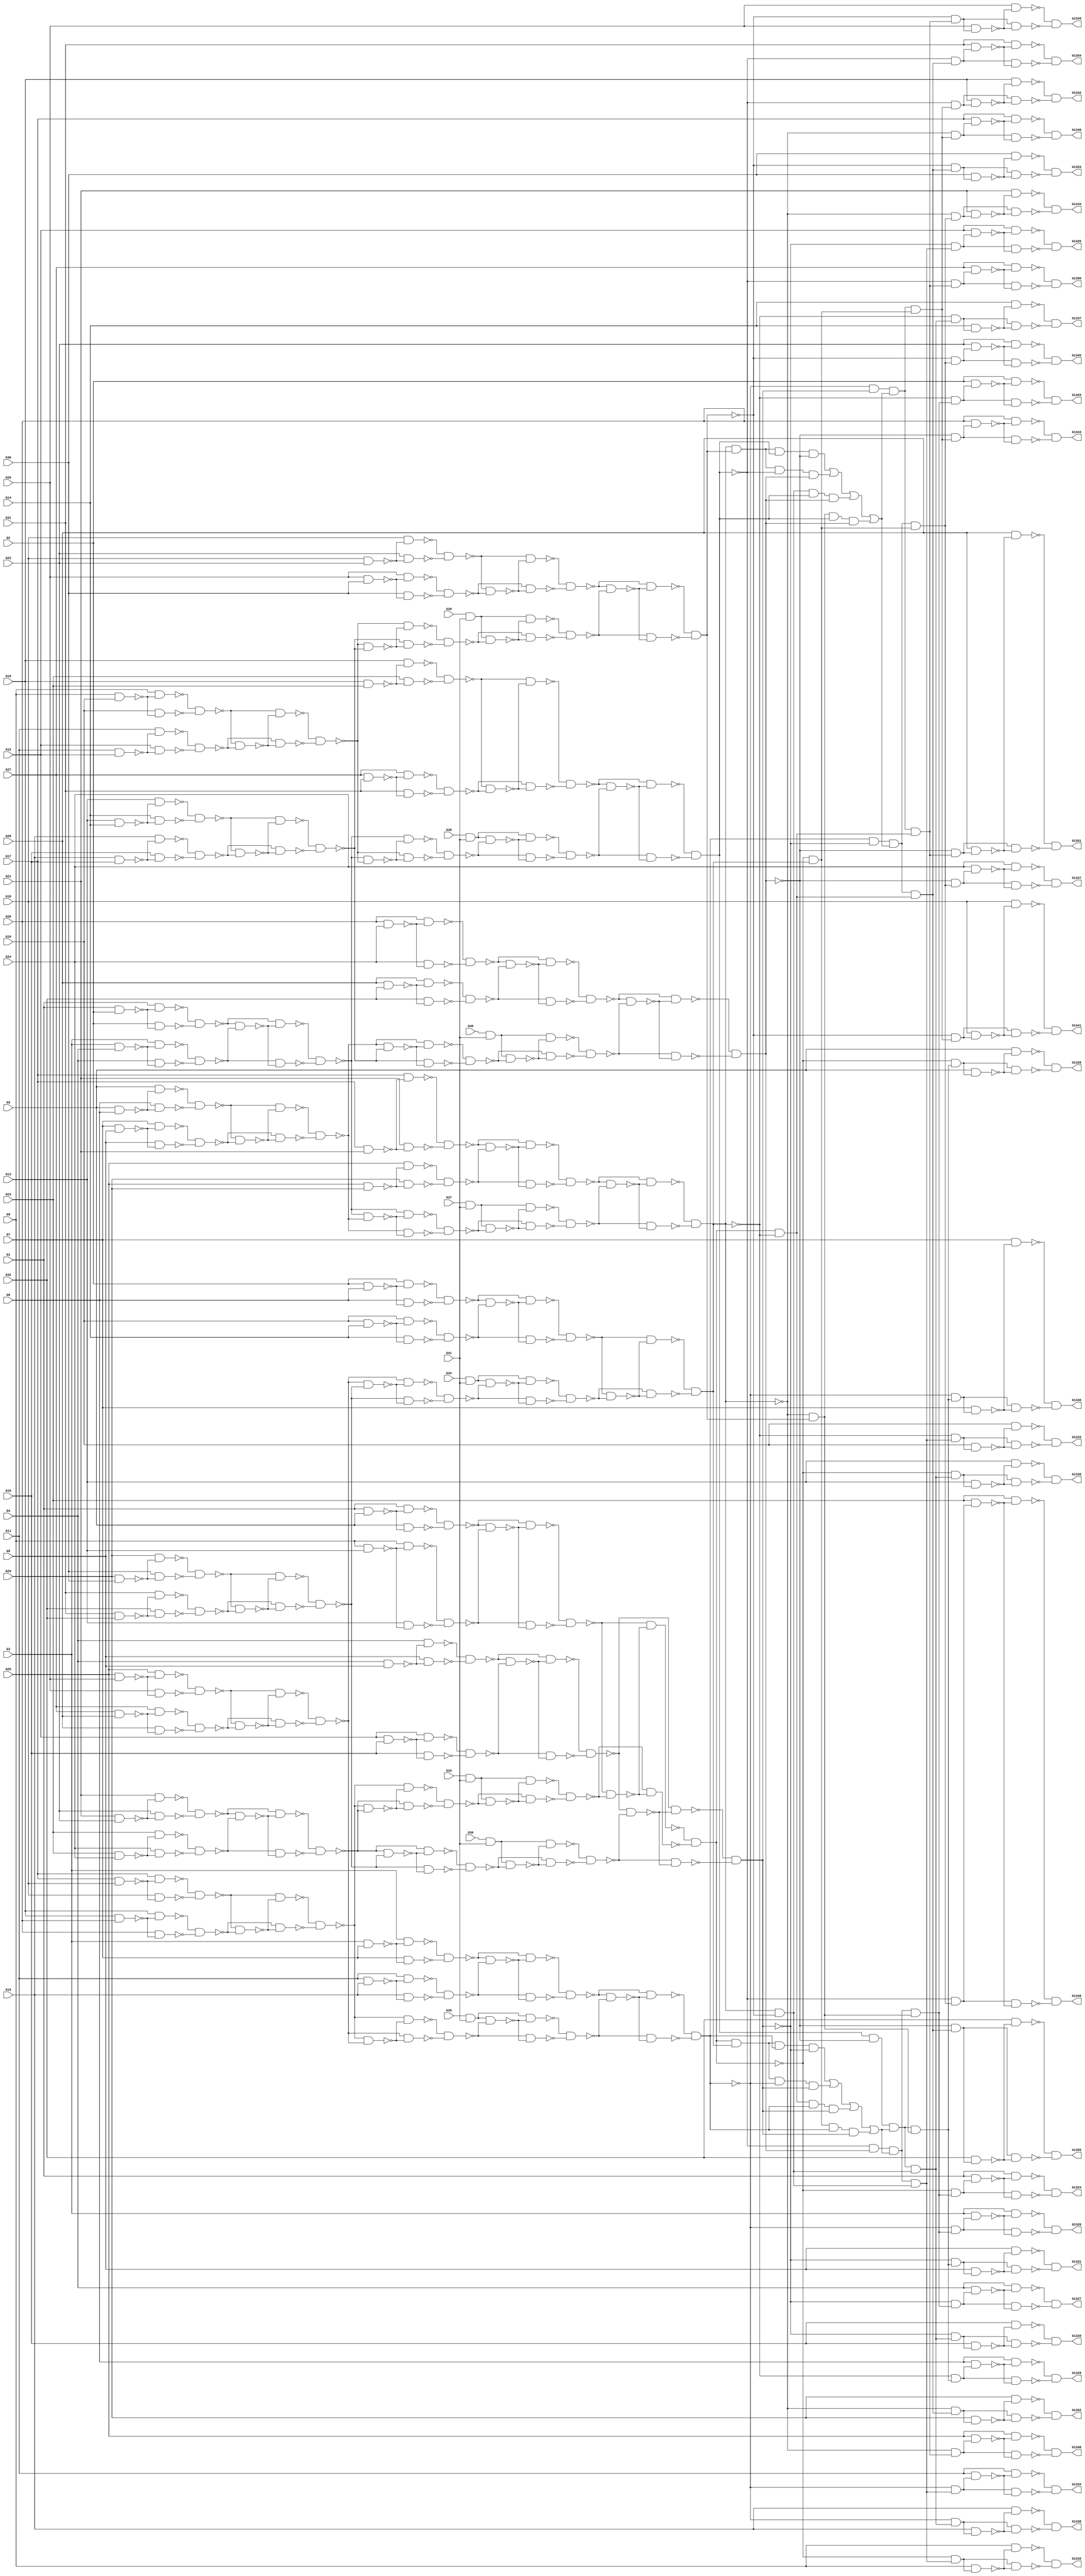

module c1355(G1, G10, G11, G12, G13, G1324, G1325, G1326, G1327, G1328,
     G1329, G1330, G1331, G1332, G1333, G1334, G1335, G1336, G1337,
     G1338, G1339, G1340, G1341, G1342, G1343, G1344, G1345, G1346,
     G1347, G1348, G1349, G1350, G1351, G1352, G1353, G1354, G1355,
     G14, G15, G16, G17, G18, G19, G2, G20, G21, G22, G23, G24, G25,
     G26, G27, G28, G29, G3, G30, G31, G32, G33, G34, G35, G36, G37,
     G38, G39, G4, G40, G41, G5, G6, G7, G8, G9);
  input G1, G10, G11, G12, G13, G14, G15, G16, G17, G18, G19, G2, G20,
       G21, G22, G23, G24, G25, G26, G27, G28, G29, G3, G30, G31, G32,
       G33, G34, G35, G36, G37, G38, G39, G4, G40, G41, G5, G6, G7, G8,
       G9;
  output G1324, G1325, G1326, G1327, G1328, G1329, G1330, G1331, G1332,
       G1333, G1334, G1335, G1336, G1337, G1338, G1339, G1340, G1341,
       G1342, G1343, G1344, G1345, G1346, G1347, G1348, G1349, G1350,
       G1351, G1352, G1353, G1354, G1355;
  wire G1, G10, G11, G12, G13, G14, G15, G16, G17, G18, G19, G2, G20,
       G21, G22, G23, G24, G25, G26, G27, G28, G29, G3, G30, G31, G32,
       G33, G34, G35, G36, G37, G38, G39, G4, G40, G41, G5, G6, G7, G8,
       G9;
  wire G1324, G1325, G1326, G1327, G1328, G1329, G1330, G1331, G1332,
       G1333, G1334, G1335, G1336, G1337, G1338, G1339, G1340, G1341,
       G1342, G1343, G1344, G1345, G1346, G1347, G1348, G1349, G1350,
       G1351, G1352, G1353, G1354, G1355;
  wire G242, G245, G248, G251, G254, G257, G260, G263;
  wire G266, G269, G272, G275, G278, G281, G284, G287;
  wire G290, G293, G296, G299, G302, G305, G308, G311;
  wire G314, G317, G320, G323, G326, G329, G332, G335;
  wire G338, G341, G344, G347, G350, G353, G356, G359;
  wire G362, G363, G364, G365, G366, G367, G368, G369;
  wire G370, G371, G372, G373, G374, G375, G376, G377;
  wire G378, G379, G380, G381, G382, G383, G384, G385;
  wire G386, G387, G388, G389, G390, G391, G392, G393;
  wire G394, G395, G396, G397, G398, G399, G400, G401;
  wire G402, G403, G404, G405, G406, G407, G408, G409;
  wire G410, G411, G412, G413, G414, G415, G416, G417;
  wire G418, G419, G420, G421, G422, G423, G424, G425;
  wire G426, G429, G432, G435, G438, G441, G444, G447;
  wire G450, G453, G456, G459, G462, G465, G468, G471;
  wire G474, G477, G480, G483, G486, G489, G492, G495;
  wire G498, G501, G504, G507, G510, G513, G516, G519;
  wire G522, G525, G528, G531, G534, G537, G540, G543;
  wire G546, G549, G552, G555, G558, G561, G564, G567;
  wire G570, G571, G572, G573, G574, G575, G576, G577;
  wire G578, G579, G580, G581, G582, G583, G584, G585;
  wire G586, G587, G588, G589, G590, G591, G592, G593;
  wire G594, G595, G596, G597, G598, G599, G600, G601;
  wire G602, G607, G612, G617, G622, G627, G632, G637;
  wire G642, G645, G648, G651, G654, G657, G660, G663;
  wire G666, G669, G672, G675, G678, G681, G684, G687;
  wire G690, G691, G692, G693, G694, G695, G696, G697;
  wire G698, G699, G700, G701, G702, G703, G704, G705;
  wire G706, G709, G712, G715, G718, G721, G724, G727;
  wire G730, G733, G736, G739, G742, G745, G748, G751;
  wire G754, G755, G756, G757, G758, G759, G760, G761;
  wire G762, G763, G764, G765, G766, G767, G768, G769;
  wire G770, G773, G776, G779, G782, G785, G788, G791;
  wire G794, G797, G800, G803, G806, G809, G812, G815;
  wire G818, G819, G820, G821, G822, G823, G824, G825;
  wire G826, G827, G828, G829, G830, G831, G832, G833;
  wire G834, G847, G860, G873, G886, G899, G912, G925;
  wire G938, G939, G940, G943, G950, G951, G953, G954;
  wire G978, G979, G980, G981, G982, G983, G984, G985;
  wire G986, G991, G996, G1001, G1006, G1011, G1016, G1021;
  wire G1026, G1031, G1036, G1039, G1042, G1045, G1048, G1051;
  wire G1054, G1057, G1060, G1063, G1066, G1069, G1072, G1075;
  wire G1078, G1081, G1084, G1087, G1090, G1093, G1096, G1099;
  wire G1102, G1105, G1108, G1111, G1114, G1117, G1120, G1123;
  wire G1126, G1129, G1132, G1135, G1138, G1141, G1144, G1147;
  wire G1150, G1153, G1156, G1159, G1162, G1165, G1168, G1171;
  wire G1174, G1177, G1180, G1183, G1186, G1189, G1192, G1195;
  wire G1198, G1201, G1204, G1207, G1210, G1213, G1216, G1219;
  wire G1222, G1225, G1228, G1229, G1230, G1231, G1232, G1233;
  wire G1234, G1235, G1236, G1237, G1238, G1239, G1240, G1241;
  wire G1242, G1243, G1244, G1245, G1246, G1247, G1248, G1249;
  wire G1250, G1251, G1252, G1253, G1254, G1255, G1256, G1257;
  wire G1258, G1259, G1260, G1261, G1262, G1263, G1264, G1265;
  wire G1266, G1267, G1268, G1269, G1270, G1271, G1272, G1273;
  wire G1274, G1275, G1276, G1277, G1278, G1279, G1280, G1281;
  wire G1282, G1283, G1284, G1285, G1286, G1287, G1288, G1289;
  wire G1290, G1291, G1292, G1293, G1294, G1295, G1296, G1297;
  wire G1298, G1299, G1300, G1301, G1302, G1303, G1304, G1305;
  wire G1306, G1307, G1308, G1309, G1310, G1311, G1312, G1313;
  wire G1314, G1315, G1316, G1317, G1318, G1319, G1320, G1321;
  wire G1322, G1323, n_74, n_76, n_78, n_80;
  and AND2_0 (G242, G33, G41);
  and AND2_1 (G245, G34, G41);
  and AND2_2 (G248, G35, G41);
  and AND2_3 (G251, G36, G41);
  and AND2_4 (G254, G37, G41);
  and AND2_5 (G257, G38, G41);
  and AND2_6 (G260, G39, G41);
  and AND2_7 (G263, G40, G41);
  and AND2_8 (G1036, G834, G996);
  and AND2_9 (G1039, G847, G996);
  and AND2_10 (G1042, G860, G996);
  and AND2_11 (G1045, G873, G996);
  and AND2_12 (G1048, G834, G1001);
  and AND2_13 (G1051, G847, G1001);
  and AND2_14 (G1054, G860, G1001);
  and AND2_15 (G1057, G873, G1001);
  and AND2_16 (G1060, G834, G1006);
  and AND2_17 (G1063, G847, G1006);
  and AND2_18 (G1066, G860, G1006);
  and AND2_19 (G1069, G873, G1006);
  and AND2_20 (G1072, G834, G1011);
  and AND2_21 (G1075, G847, G1011);
  and AND2_22 (G1078, G860, G1011);
  and AND2_23 (G1081, G873, G1011);
  and AND2_24 (G1084, G925, G1016);
  and AND2_25 (G1087, G886, G1016);
  and AND2_26 (G1090, G912, G1016);
  and AND2_27 (G1093, G899, G1016);
  and AND2_28 (G1096, G925, G1021);
  and AND2_29 (G1099, G886, G1021);
  and AND2_30 (G1102, G912, G1021);
  and AND2_31 (G1105, G899, G1021);
  and AND2_32 (G1108, G925, G1026);
  and AND2_33 (G1111, G886, G1026);
  and AND2_34 (G1114, G912, G1026);
  and AND2_35 (G1117, G899, G1026);
  and AND2_36 (G1120, G925, G1031);
  and AND2_37 (G1123, G886, G1031);
  and AND2_38 (G1126, G912, G1031);
  and AND2_39 (G1129, G899, G1031);
  and AND4_0 (G978, G938, G939, G940, G873);
  and AND4_1 (G979, G938, G939, G860, G943);
  and AND4_2 (G980, G938, G847, G940, G943);
  and AND4_3 (G981, G834, G939, G940, G943);
  and AND4_4 (G982, G954, G950, G953, G899);
  and AND4_5 (G983, G954, G950, G912, G951);
  and AND4_6 (G984, G954, G886, G953, G951);
  and AND4_7 (G985, G925, G950, G953, G951);
  nand NAND2_0 (G266, G1, G2);
  nand NAND2_1 (G269, G3, G4);
  nand NAND2_2 (G272, G5, G6);
  nand NAND2_3 (G275, G7, G8);
  nand NAND2_4 (G278, G9, G10);
  nand NAND2_5 (G281, G11, G12);
  nand NAND2_6 (G284, G13, G14);
  nand NAND2_7 (G287, G15, G16);
  nand NAND2_8 (G290, G17, G18);
  nand NAND2_9 (G293, G19, G20);
  nand NAND2_10 (G296, G21, G22);
  nand NAND2_11 (G299, G23, G24);
  nand NAND2_12 (G302, G25, G26);
  nand NAND2_13 (G305, G27, G28);
  nand NAND2_14 (G308, G29, G30);
  nand NAND2_15 (G311, G31, G32);
  nand NAND2_16 (G314, G1, G5);
  nand NAND2_17 (G317, G9, G13);
  nand NAND2_18 (G320, G2, G6);
  nand NAND2_19 (G323, G10, G14);
  nand NAND2_20 (G326, G3, G7);
  nand NAND2_21 (G329, G11, G15);
  nand NAND2_22 (G332, G4, G8);
  nand NAND2_23 (G335, G12, G16);
  nand NAND2_24 (G338, G17, G21);
  nand NAND2_25 (G341, G25, G29);
  nand NAND2_26 (G344, G18, G22);
  nand NAND2_27 (G347, G26, G30);
  nand NAND2_28 (G350, G19, G23);
  nand NAND2_29 (G353, G27, G31);
  nand NAND2_30 (G356, G20, G24);
  nand NAND2_31 (G359, G28, G32);
  nand NAND2_32 (G362, G1, G266);
  nand NAND2_33 (G363, G2, G266);
  nand NAND2_34 (G364, G3, G269);
  nand NAND2_35 (G365, G4, G269);
  nand NAND2_36 (G366, G5, G272);
  nand NAND2_37 (G367, G6, G272);
  nand NAND2_38 (G368, G7, G275);
  nand NAND2_39 (G369, G8, G275);
  nand NAND2_40 (G370, G9, G278);
  nand NAND2_41 (G371, G10, G278);
  nand NAND2_42 (G372, G11, G281);
  nand NAND2_43 (G373, G12, G281);
  nand NAND2_44 (G374, G13, G284);
  nand NAND2_45 (G375, G14, G284);
  nand NAND2_46 (G376, G15, G287);
  nand NAND2_47 (G377, G16, G287);
  nand NAND2_48 (G378, G17, G290);
  nand NAND2_49 (G379, G18, G290);
  nand NAND2_50 (G380, G19, G293);
  nand NAND2_51 (G381, G20, G293);
  nand NAND2_52 (G382, G21, G296);
  nand NAND2_53 (G383, G22, G296);
  nand NAND2_54 (G384, G23, G299);
  nand NAND2_55 (G385, G24, G299);
  nand NAND2_56 (G386, G25, G302);
  nand NAND2_57 (G387, G26, G302);
  nand NAND2_58 (G388, G27, G305);
  nand NAND2_59 (G389, G28, G305);
  nand NAND2_60 (G390, G29, G308);
  nand NAND2_61 (G391, G30, G308);
  nand NAND2_62 (G392, G31, G311);
  nand NAND2_63 (G393, G32, G311);
  nand NAND2_64 (G394, G1, G314);
  nand NAND2_65 (G395, G5, G314);
  nand NAND2_66 (G396, G9, G317);
  nand NAND2_67 (G397, G13, G317);
  nand NAND2_68 (G398, G2, G320);
  nand NAND2_69 (G399, G6, G320);
  nand NAND2_70 (G400, G10, G323);
  nand NAND2_71 (G401, G14, G323);
  nand NAND2_72 (G402, G3, G326);
  nand NAND2_73 (G403, G7, G326);
  nand NAND2_74 (G404, G11, G329);
  nand NAND2_75 (G405, G15, G329);
  nand NAND2_76 (G406, G4, G332);
  nand NAND2_77 (G407, G8, G332);
  nand NAND2_78 (G408, G12, G335);
  nand NAND2_79 (G409, G16, G335);
  nand NAND2_80 (G410, G17, G338);
  nand NAND2_81 (G411, G21, G338);
  nand NAND2_82 (G412, G25, G341);
  nand NAND2_83 (G413, G29, G341);
  nand NAND2_84 (G414, G18, G344);
  nand NAND2_85 (G415, G22, G344);
  nand NAND2_86 (G416, G26, G347);
  nand NAND2_87 (G417, G30, G347);
  nand NAND2_88 (G418, G19, G350);
  nand NAND2_89 (G419, G23, G350);
  nand NAND2_90 (G420, G27, G353);
  nand NAND2_91 (G421, G31, G353);
  nand NAND2_92 (G422, G20, G356);
  nand NAND2_93 (G423, G24, G356);
  nand NAND2_94 (G424, G28, G359);
  nand NAND2_95 (G425, G32, G359);
  nand NAND2_96 (G426, G362, G363);
  nand NAND2_97 (G429, G364, G365);
  nand NAND2_98 (G432, G366, G367);
  nand NAND2_99 (G435, G368, G369);
  nand NAND2_100 (G438, G370, G371);
  nand NAND2_101 (G441, G372, G373);
  nand NAND2_102 (G444, G374, G375);
  nand NAND2_103 (G447, G376, G377);
  nand NAND2_104 (G450, G378, G379);
  nand NAND2_105 (G453, G380, G381);
  nand NAND2_106 (G456, G382, G383);
  nand NAND2_107 (G459, G384, G385);
  nand NAND2_108 (G462, G386, G387);
  nand NAND2_109 (G465, G388, G389);
  nand NAND2_110 (G468, G390, G391);
  nand NAND2_111 (G471, G392, G393);
  nand NAND2_112 (G474, G394, G395);
  nand NAND2_113 (G477, G396, G397);
  nand NAND2_114 (G480, G398, G399);
  nand NAND2_115 (G483, G400, G401);
  nand NAND2_116 (G486, G402, G403);
  nand NAND2_117 (G489, G404, G405);
  nand NAND2_118 (G492, G406, G407);
  nand NAND2_119 (G495, G408, G409);
  nand NAND2_120 (G498, G410, G411);
  nand NAND2_121 (G501, G412, G413);
  nand NAND2_122 (G504, G414, G415);
  nand NAND2_123 (G507, G416, G417);
  nand NAND2_124 (G510, G418, G419);
  nand NAND2_125 (G513, G420, G421);
  nand NAND2_126 (G516, G422, G423);
  nand NAND2_127 (G519, G424, G425);
  nand NAND2_128 (G522, G426, G429);
  nand NAND2_129 (G525, G432, G435);
  nand NAND2_130 (G528, G438, G441);
  nand NAND2_131 (G531, G444, G447);
  nand NAND2_132 (G534, G450, G453);
  nand NAND2_133 (G537, G456, G459);
  nand NAND2_134 (G540, G462, G465);
  nand NAND2_135 (G543, G468, G471);
  nand NAND2_136 (G546, G474, G477);
  nand NAND2_137 (G549, G480, G483);
  nand NAND2_138 (G552, G486, G489);
  nand NAND2_139 (G555, G492, G495);
  nand NAND2_140 (G558, G498, G501);
  nand NAND2_141 (G561, G504, G507);
  nand NAND2_142 (G564, G510, G513);
  nand NAND2_143 (G567, G516, G519);
  nand NAND2_144 (G570, G426, G522);
  nand NAND2_145 (G571, G429, G522);
  nand NAND2_146 (G572, G432, G525);
  nand NAND2_147 (G573, G435, G525);
  nand NAND2_148 (G574, G438, G528);
  nand NAND2_149 (G575, G441, G528);
  nand NAND2_150 (G576, G444, G531);
  nand NAND2_151 (G577, G447, G531);
  nand NAND2_152 (G578, G450, G534);
  nand NAND2_153 (G579, G453, G534);
  nand NAND2_154 (G580, G456, G537);
  nand NAND2_155 (G581, G459, G537);
  nand NAND2_156 (G582, G462, G540);
  nand NAND2_157 (G583, G465, G540);
  nand NAND2_158 (G584, G468, G543);
  nand NAND2_159 (G585, G471, G543);
  nand NAND2_160 (G586, G474, G546);
  nand NAND2_161 (G587, G477, G546);
  nand NAND2_162 (G588, G480, G549);
  nand NAND2_163 (G589, G483, G549);
  nand NAND2_164 (G590, G486, G552);
  nand NAND2_165 (G591, G489, G552);
  nand NAND2_166 (G592, G492, G555);
  nand NAND2_167 (G593, G495, G555);
  nand NAND2_168 (G594, G498, G558);
  nand NAND2_169 (G595, G501, G558);
  nand NAND2_170 (G596, G504, G561);
  nand NAND2_171 (G597, G507, G561);
  nand NAND2_172 (G598, G510, G564);
  nand NAND2_173 (G599, G513, G564);
  nand NAND2_174 (G600, G516, G567);
  nand NAND2_175 (G601, G519, G567);
  nand NAND2_176 (G602, G570, G571);
  nand NAND2_177 (G607, G572, G573);
  nand NAND2_178 (G612, G574, G575);
  nand NAND2_179 (G617, G576, G577);
  nand NAND2_180 (G622, G578, G579);
  nand NAND2_181 (G627, G580, G581);
  nand NAND2_182 (G632, G582, G583);
  nand NAND2_183 (G637, G584, G585);
  nand NAND2_184 (G642, G586, G587);
  nand NAND2_185 (G645, G588, G589);
  nand NAND2_186 (G648, G590, G591);
  nand NAND2_187 (G651, G592, G593);
  nand NAND2_188 (G654, G594, G595);
  nand NAND2_189 (G657, G596, G597);
  nand NAND2_190 (G660, G598, G599);
  nand NAND2_191 (G663, G600, G601);
  nand NAND2_192 (G666, G602, G607);
  nand NAND2_193 (G669, G612, G617);
  nand NAND2_194 (G672, G602, G612);
  nand NAND2_195 (G675, G607, G617);
  nand NAND2_196 (G678, G622, G627);
  nand NAND2_197 (G681, G632, G637);
  nand NAND2_198 (G684, G622, G632);
  nand NAND2_199 (G687, G627, G637);
  nand NAND2_200 (G690, G602, G666);
  nand NAND2_201 (G691, G607, G666);
  nand NAND2_202 (G692, G612, G669);
  nand NAND2_203 (G693, G617, G669);
  nand NAND2_204 (G694, G602, G672);
  nand NAND2_205 (G695, G612, G672);
  nand NAND2_206 (G696, G607, G675);
  nand NAND2_207 (G697, G617, G675);
  nand NAND2_208 (G698, G622, G678);
  nand NAND2_209 (G699, G627, G678);
  nand NAND2_210 (G700, G632, G681);
  nand NAND2_211 (G701, G637, G681);
  nand NAND2_212 (G702, G622, G684);
  nand NAND2_213 (G703, G632, G684);
  nand NAND2_214 (G704, G627, G687);
  nand NAND2_215 (G705, G637, G687);
  nand NAND2_216 (G706, G690, G691);
  nand NAND2_217 (G709, G692, G693);
  nand NAND2_218 (G712, G694, G695);
  nand NAND2_219 (G715, G696, G697);
  nand NAND2_220 (G718, G698, G699);
  nand NAND2_221 (G721, G700, G701);
  nand NAND2_222 (G724, G702, G703);
  nand NAND2_223 (G727, G704, G705);
  nand NAND2_224 (G730, G242, G718);
  nand NAND2_225 (G733, G245, G721);
  nand NAND2_226 (G736, G248, G724);
  nand NAND2_227 (G739, G251, G727);
  nand NAND2_228 (G742, G254, G706);
  nand NAND2_229 (G745, G257, G709);
  nand NAND2_230 (G748, G260, G712);
  nand NAND2_231 (G751, G263, G715);
  nand NAND2_232 (G754, G242, G730);
  nand NAND2_233 (G755, G718, G730);
  nand NAND2_234 (G756, G245, G733);
  nand NAND2_235 (G757, G721, G733);
  nand NAND2_236 (G758, G248, G736);
  nand NAND2_237 (G759, G724, G736);
  nand NAND2_238 (G760, G251, G739);
  nand NAND2_239 (G761, G727, G739);
  nand NAND2_240 (G762, G254, G742);
  nand NAND2_241 (G763, G706, G742);
  nand NAND2_242 (G764, G257, G745);
  nand NAND2_243 (G765, G709, G745);
  nand NAND2_244 (G766, G260, G748);
  nand NAND2_245 (G767, G712, G748);
  nand NAND2_246 (G768, G263, G751);
  nand NAND2_247 (G769, G715, G751);
  nand NAND2_248 (G770, G754, G755);
  nand NAND2_249 (G773, G756, G757);
  nand NAND2_250 (G776, G758, G759);
  nand NAND2_251 (G779, G760, G761);
  nand NAND2_252 (G782, G762, G763);
  nand NAND2_253 (G785, G764, G765);
  nand NAND2_254 (G788, G766, G767);
  nand NAND2_255 (G791, G768, G769);
  nand NAND2_256 (G794, G642, G770);
  nand NAND2_257 (G797, G645, G773);
  nand NAND2_258 (G800, G648, G776);
  nand NAND2_259 (G803, G651, G779);
  nand NAND2_260 (G806, G654, G782);
  nand NAND2_261 (G809, G657, G785);
  nand NAND2_262 (G812, G660, G788);
  nand NAND2_263 (G815, G663, G791);
  nand NAND2_264 (G818, G642, G794);
  nand NAND2_265 (G819, G770, G794);
  nand NAND2_266 (G820, G645, G797);
  nand NAND2_267 (G821, G773, G797);
  nand NAND2_268 (G822, G648, G800);
  nand NAND2_269 (G823, G776, G800);
  nand NAND2_270 (G824, G651, G803);
  nand NAND2_271 (G825, G779, G803);
  nand NAND2_272 (G826, G654, G806);
  nand NAND2_273 (G827, G782, G806);
  nand NAND2_274 (G828, G657, G809);
  nand NAND2_275 (G829, G785, G809);
  nand NAND2_276 (G830, G660, G812);
  nand NAND2_277 (G831, G788, G812);
  nand NAND2_278 (G832, G663, G815);
  nand NAND2_279 (G833, G791, G815);
  nand NAND2_280 (G834, G818, G819);
  nand NAND2_281 (G847, G820, G821);
  nand NAND2_282 (G860, G822, G823);
  nand NAND2_283 (G873, G824, G825);
  nand NAND2_284 (G886, G828, G829);
  nand NAND2_285 (G899, G832, G833);
  nand NAND2_286 (G912, G830, G831);
  nand NAND2_287 (G925, G826, G827);
  nand NAND2_288 (G1132, G1, G1036);
  nand NAND2_289 (G1135, G2, G1039);
  nand NAND2_290 (G1138, G3, G1042);
  nand NAND2_291 (G1141, G4, G1045);
  nand NAND2_292 (G1144, G5, G1048);
  nand NAND2_293 (G1147, G6, G1051);
  nand NAND2_294 (G1150, G7, G1054);
  nand NAND2_295 (G1153, G8, G1057);
  nand NAND2_296 (G1156, G9, G1060);
  nand NAND2_297 (G1159, G10, G1063);
  nand NAND2_298 (G1162, G11, G1066);
  nand NAND2_299 (G1165, G12, G1069);
  nand NAND2_300 (G1168, G13, G1072);
  nand NAND2_301 (G1171, G14, G1075);
  nand NAND2_302 (G1174, G15, G1078);
  nand NAND2_303 (G1177, G16, G1081);
  nand NAND2_304 (G1180, G17, G1084);
  nand NAND2_305 (G1183, G18, G1087);
  nand NAND2_306 (G1186, G19, G1090);
  nand NAND2_307 (G1189, G20, G1093);
  nand NAND2_308 (G1192, G21, G1096);
  nand NAND2_309 (G1195, G22, G1099);
  nand NAND2_310 (G1198, G23, G1102);
  nand NAND2_311 (G1201, G24, G1105);
  nand NAND2_312 (G1204, G25, G1108);
  nand NAND2_313 (G1207, G26, G1111);
  nand NAND2_314 (G1210, G27, G1114);
  nand NAND2_315 (G1213, G28, G1117);
  nand NAND2_316 (G1216, G29, G1120);
  nand NAND2_317 (G1219, G30, G1123);
  nand NAND2_318 (G1222, G31, G1126);
  nand NAND2_319 (G1225, G32, G1129);
  nand NAND2_320 (G1228, G1, G1132);
  nand NAND2_321 (G1229, G1036, G1132);
  nand NAND2_322 (G1230, G2, G1135);
  nand NAND2_323 (G1231, G1039, G1135);
  nand NAND2_324 (G1232, G3, G1138);
  nand NAND2_325 (G1233, G1042, G1138);
  nand NAND2_326 (G1234, G4, G1141);
  nand NAND2_327 (G1235, G1045, G1141);
  nand NAND2_328 (G1236, G5, G1144);
  nand NAND2_329 (G1237, G1048, G1144);
  nand NAND2_330 (G1238, G6, G1147);
  nand NAND2_331 (G1239, G1051, G1147);
  nand NAND2_332 (G1240, G7, G1150);
  nand NAND2_333 (G1241, G1054, G1150);
  nand NAND2_334 (G1242, G8, G1153);
  nand NAND2_335 (G1243, G1057, G1153);
  nand NAND2_336 (G1244, G9, G1156);
  nand NAND2_337 (G1245, G1060, G1156);
  nand NAND2_338 (G1246, G10, G1159);
  nand NAND2_339 (G1247, G1063, G1159);
  nand NAND2_340 (G1248, G11, G1162);
  nand NAND2_341 (G1249, G1066, G1162);
  nand NAND2_342 (G1250, G12, G1165);
  nand NAND2_343 (G1251, G1069, G1165);
  nand NAND2_344 (G1252, G13, G1168);
  nand NAND2_345 (G1253, G1072, G1168);
  nand NAND2_346 (G1254, G14, G1171);
  nand NAND2_347 (G1255, G1075, G1171);
  nand NAND2_348 (G1256, G15, G1174);
  nand NAND2_349 (G1257, G1078, G1174);
  nand NAND2_350 (G1258, G16, G1177);
  nand NAND2_351 (G1259, G1081, G1177);
  nand NAND2_352 (G1260, G17, G1180);
  nand NAND2_353 (G1261, G1084, G1180);
  nand NAND2_354 (G1262, G18, G1183);
  nand NAND2_355 (G1263, G1087, G1183);
  nand NAND2_356 (G1264, G19, G1186);
  nand NAND2_357 (G1265, G1090, G1186);
  nand NAND2_358 (G1266, G20, G1189);
  nand NAND2_359 (G1267, G1093, G1189);
  nand NAND2_360 (G1268, G21, G1192);
  nand NAND2_361 (G1269, G1096, G1192);
  nand NAND2_362 (G1270, G22, G1195);
  nand NAND2_363 (G1271, G1099, G1195);
  nand NAND2_364 (G1272, G23, G1198);
  nand NAND2_365 (G1273, G1102, G1198);
  nand NAND2_366 (G1274, G24, G1201);
  nand NAND2_367 (G1275, G1105, G1201);
  nand NAND2_368 (G1276, G25, G1204);
  nand NAND2_369 (G1277, G1108, G1204);
  nand NAND2_370 (G1278, G26, G1207);
  nand NAND2_371 (G1279, G1111, G1207);
  nand NAND2_372 (G1280, G27, G1210);
  nand NAND2_373 (G1281, G1114, G1210);
  nand NAND2_374 (G1282, G28, G1213);
  nand NAND2_375 (G1283, G1117, G1213);
  nand NAND2_376 (G1284, G29, G1216);
  nand NAND2_377 (G1285, G1120, G1216);
  nand NAND2_378 (G1286, G30, G1219);
  nand NAND2_379 (G1287, G1123, G1219);
  nand NAND2_380 (G1288, G31, G1222);
  nand NAND2_381 (G1289, G1126, G1222);
  nand NAND2_382 (G1290, G32, G1225);
  nand NAND2_383 (G1291, G1129, G1225);
  nand NAND2_384 (G1292, G1228, G1229);
  nand NAND2_385 (G1293, G1230, G1231);
  nand NAND2_386 (G1294, G1232, G1233);
  nand NAND2_387 (G1295, G1234, G1235);
  nand NAND2_388 (G1296, G1236, G1237);
  nand NAND2_389 (G1297, G1238, G1239);
  nand NAND2_390 (G1298, G1240, G1241);
  nand NAND2_391 (G1299, G1242, G1243);
  nand NAND2_392 (G1300, G1244, G1245);
  nand NAND2_393 (G1301, G1246, G1247);
  nand NAND2_394 (G1302, G1248, G1249);
  nand NAND2_395 (G1303, G1250, G1251);
  nand NAND2_396 (G1304, G1252, G1253);
  nand NAND2_397 (G1305, G1254, G1255);
  nand NAND2_398 (G1306, G1256, G1257);
  nand NAND2_399 (G1307, G1258, G1259);
  nand NAND2_400 (G1308, G1260, G1261);
  nand NAND2_401 (G1309, G1262, G1263);
  nand NAND2_402 (G1310, G1264, G1265);
  nand NAND2_403 (G1311, G1266, G1267);
  nand NAND2_404 (G1312, G1268, G1269);
  nand NAND2_405 (G1313, G1270, G1271);
  nand NAND2_406 (G1314, G1272, G1273);
  nand NAND2_407 (G1315, G1274, G1275);
  nand NAND2_408 (G1316, G1276, G1277);
  nand NAND2_409 (G1317, G1278, G1279);
  nand NAND2_410 (G1318, G1280, G1281);
  nand NAND2_411 (G1319, G1282, G1283);
  nand NAND2_412 (G1320, G1284, G1285);
  nand NAND2_413 (G1321, G1286, G1287);
  nand NAND2_414 (G1322, G1288, G1289);
  nand NAND2_415 (G1323, G1290, G1291);
  not NOT_0 (G938, G834);
  not NOT_1 (G939, G847);
  not NOT_2 (G940, G860);
  not NOT_5 (G943, G873);
  not NOT_12 (G950, G886);
  not NOT_13 (G951, G899);
  not NOT_15 (G953, G912);
  not NOT_16 (G954, G925);
  not NOT_40 (G1324, G1292);
  not NOT_41 (G1325, G1293);
  not NOT_42 (G1326, G1294);
  not NOT_43 (G1327, G1295);
  not NOT_44 (G1328, G1296);
  not NOT_45 (G1329, G1297);
  not NOT_46 (G1330, G1298);
  not NOT_47 (G1331, G1299);
  not NOT_48 (G1332, G1300);
  not NOT_49 (G1333, G1301);
  not NOT_50 (G1334, G1302);
  not NOT_51 (G1335, G1303);
  not NOT_52 (G1336, G1304);
  not NOT_53 (G1337, G1305);
  not NOT_54 (G1338, G1306);
  not NOT_55 (G1339, G1307);
  not NOT_56 (G1340, G1308);
  not NOT_57 (G1341, G1309);
  not NOT_58 (G1342, G1310);
  not NOT_59 (G1343, G1311);
  not NOT_60 (G1344, G1312);
  not NOT_61 (G1345, G1313);
  not NOT_62 (G1346, G1314);
  not NOT_63 (G1347, G1315);
  not NOT_64 (G1348, G1316);
  not NOT_65 (G1349, G1317);
  not NOT_66 (G1350, G1318);
  not NOT_67 (G1351, G1319);
  not NOT_68 (G1352, G1320);
  not NOT_69 (G1353, G1321);
  not NOT_70 (G1354, G1322);
  not NOT_71 (G1355, G1323);
  or OR4_0 (G986, G978, G979, G980, G981);
  or OR4_1 (G991, G982, G983, G984, G985);
  and g1 (n_74, G925, G950);
  and g2 (G996, G912, G951, G986, n_74);
  and g4 (G1001, G953, G899, G986, n_74);
  and g5 (n_76, G954, G886);
  and g6 (G1006, G912, G951, G986, n_76);
  and g8 (G1011, G953, G899, G986, n_76);
  and g9 (n_78, G834, G939);
  and g10 (G1016, G860, G943, G991, n_78);
  and g12 (G1021, G940, G873, G991, n_78);
  and g13 (n_80, G938, G847);
  and g14 (G1026, G860, G943, G991, n_80);
  and g16 (G1031, G940, G873, G991, n_80);
endmodule